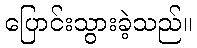
ပြောင်းသွားခဲ့သည်။